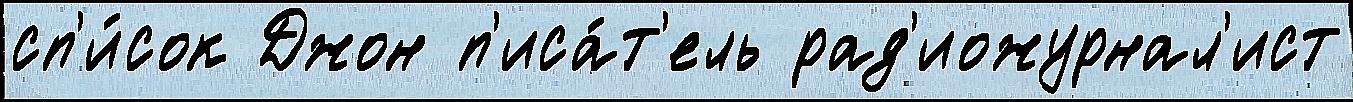
сп'и́сок Джон п'иса́т'ель рад'иожурнал'ист